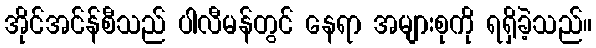
အိုင်အင်န်စီသည် ပါလီမန်တွင် နေရာ အများစုကို ရရှိခဲ့သည်။